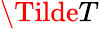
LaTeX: \Tilde{T}